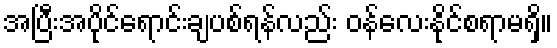
အပြီးအပိုင်ရောင်းချပစ်ရန်လည်း ဝန်လေးနိုင်စရာမရှိ။